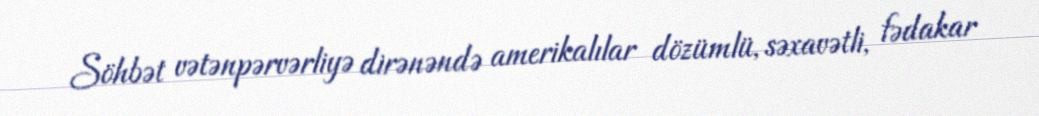
Söhbət vətənpərvərliyə dirənəndə amerikalılar dözümlü, səxavətli, fədakar